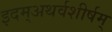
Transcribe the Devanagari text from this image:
इदम्‌अथर्वशीर्षम्‌